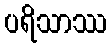
ပရိသာဿ